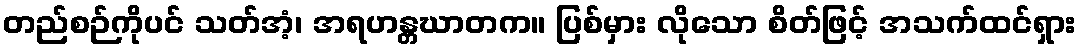
တည်စဉ်ကိုပင် သတ်အံ့၊ အရဟန္တဃာတက။ ပြစ်မှား လိုသော စိတ်ဖြင့် အသက်ထင်ရှား